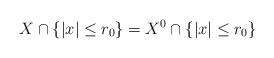
LaTeX: \begin{align*}X\cap \{|x|\le r_0\}=X ^0\cap \{|x|\le r_0\}\end{align*}